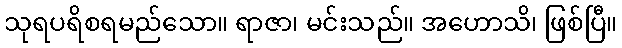
သုရပရိစရမည်သော။ ရာဇာ၊ မင်းသည်။ အဟောသိ၊ ဖြစ်ပြီ။